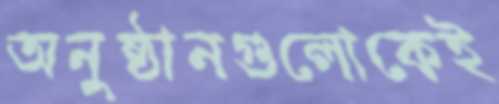
অনুষ্ঠানগুলোকেই